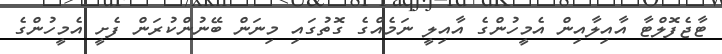
ޓާޖެފޮލްޓާ އާއިލާއިން އެމީހުންގެ އާއިލީ ނަމެއްގެ ގޮތުގައި މިނަން ބޭނުންކުރަން ފެށީ އެމީހުންގެ